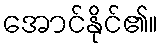
အောင်နိုင်၏။